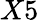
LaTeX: X5